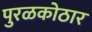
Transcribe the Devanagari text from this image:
पुरळकोठार